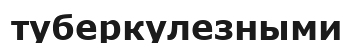
туберкулезными